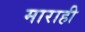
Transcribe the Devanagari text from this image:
माराही